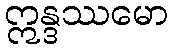
ဣန္ဒဿမော